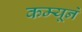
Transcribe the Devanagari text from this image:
कम्यूने